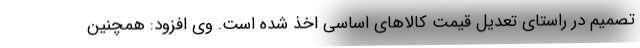
تصمیم در راستای تعدیل قیمت کالاهای اساسی اخذ شده است. وی افزود: همچنین